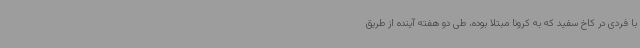
با فردی در کاخ سفید که به کرونا مبتلا بوده، طی دو هفته آینده از طریق